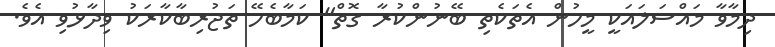
ދިމާވާ މައްސަލައަކީ މީހުން އެތަކެތި ބޭނުންކުރާ ގޮތް" ކަމާބެހޭ ތަޖުރިބާކާރަކު ވިދާޅުވި އެވެ.